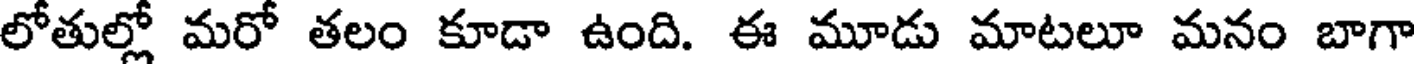
లోతుల్లో మరో తలం కూడా ఉంది. ఈ మూడు మాటలూ మనం బాగా